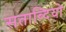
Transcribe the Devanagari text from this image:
सताब्दियो